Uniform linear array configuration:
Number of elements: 64
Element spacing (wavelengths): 1
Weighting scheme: blackman
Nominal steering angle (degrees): -15
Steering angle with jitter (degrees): -16.217
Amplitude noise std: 0.05
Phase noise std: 0.05

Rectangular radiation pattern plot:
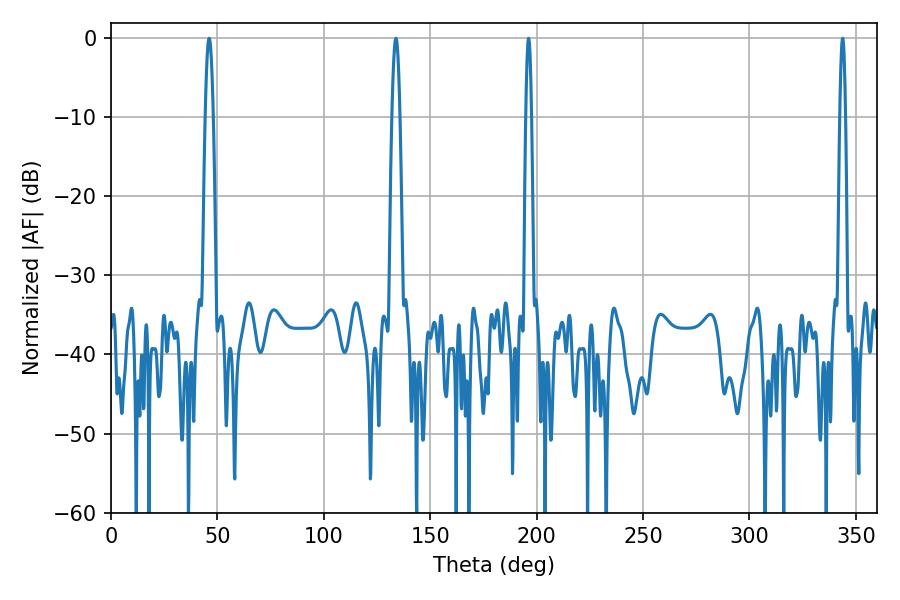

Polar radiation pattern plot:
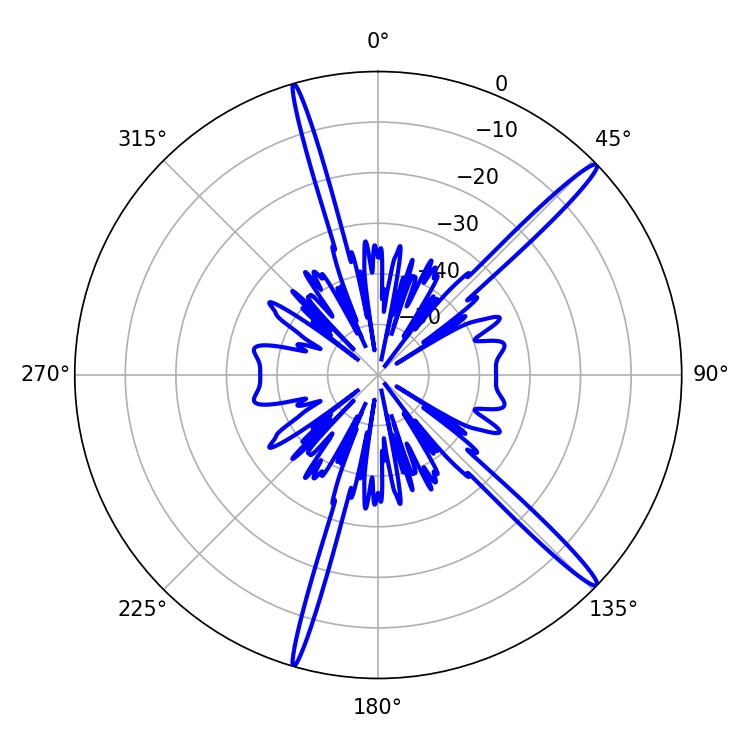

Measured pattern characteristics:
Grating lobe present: TRUE
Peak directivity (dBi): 16.84
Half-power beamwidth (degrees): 1.44
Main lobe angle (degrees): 196.2